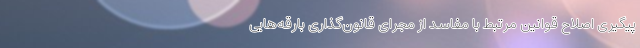
پیگیری اصلاح قوانین مرتبط با مفاسد از مجرای قانون‌گذاری بارقه‌هایی